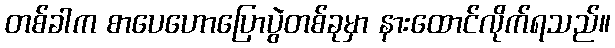
တစ်ခါက စာပေဟောပြောပွဲတစ်ခုမှာ နားထောင်လိုက်ရသည်။